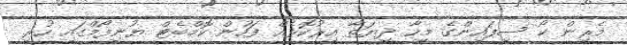
މެރިން ކޯ ސިފައިންގެ މީހާ ދިޔަތާ އިރުކޮޅެއް ފަހުން ކޮމްބެޓް ޔުނިފޯމްގައި ހުރި